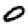
Digit: 0